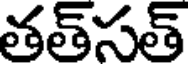
తత్సత్